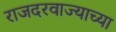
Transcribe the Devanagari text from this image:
राजदरवाज्याच्या